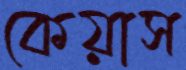
কেয়াস